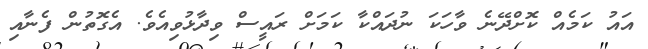
އައު ކަމެއް ކޮށްދޭނެ ވާހަކަ ނުދައްކާ ކަަމަށް ރައީސް ވިދާޅުވިއެވެ. އެގޮތުން ފެނާއި